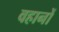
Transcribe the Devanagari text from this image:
वहानों